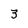
Character: 3